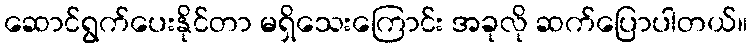
ဆောင်ရွက်ပေးနိုင်တာ မရှိသေးကြောင်း အခုလို ဆက်ပြောပါတယ်။